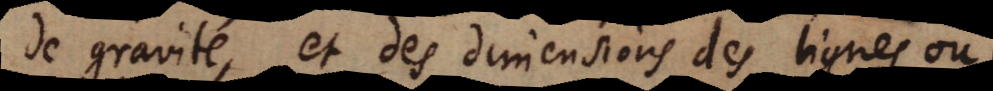
de gravité, et des dimensions des lignes ou